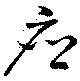
應